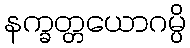
နက္ခတ္တယောဂမ္ပိ